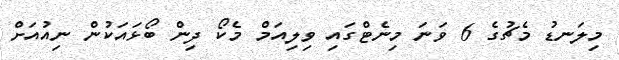
މިލަނޑު މެޗުގެ 6 ވަނަ މިނެޓްގައި ވިލިއަމް މެކޯ ދިން ބޯޅައަކުން ނިއުއަށް